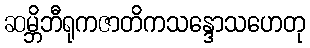
ဆမ္ဘိဘီရုကဇာတိကသန္ဒောသဟေတု